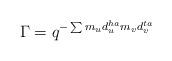
LaTeX: \begin{align*}\Gamma = q^{-\sum m_u d^{ha}_u m_v d^{ta}_v}\end{align*}